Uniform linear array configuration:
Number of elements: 16
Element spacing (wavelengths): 0.5
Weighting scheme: exponential
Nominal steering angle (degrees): -15
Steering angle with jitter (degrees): -16.911
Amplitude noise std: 0.05
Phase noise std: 0.05

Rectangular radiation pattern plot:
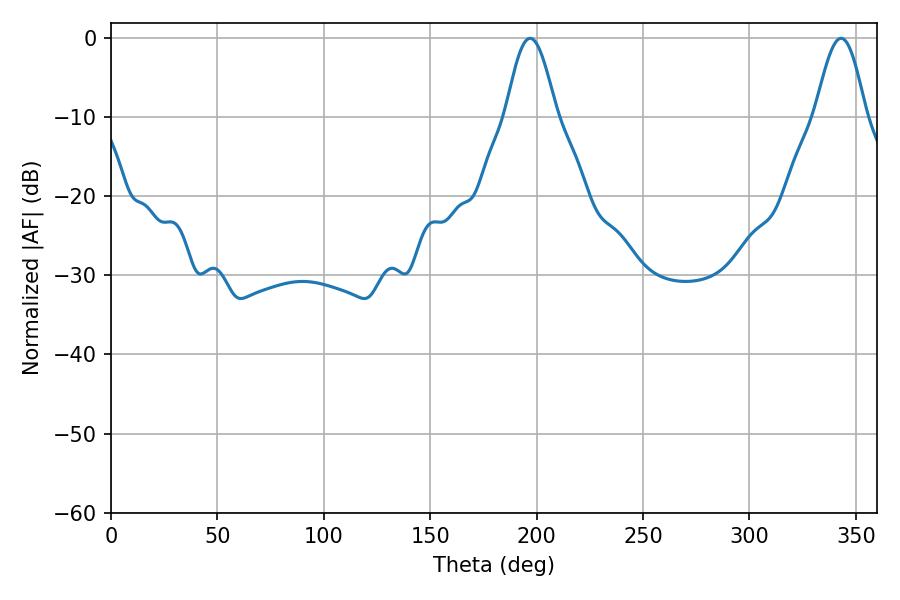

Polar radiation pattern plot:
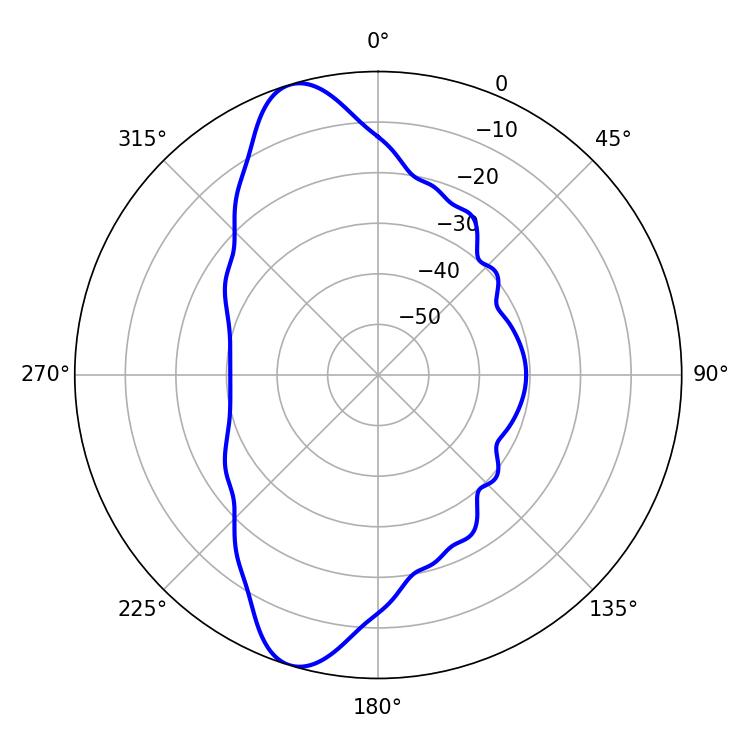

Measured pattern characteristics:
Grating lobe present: FALSE
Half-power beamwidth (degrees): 12.78
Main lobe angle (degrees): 196.92